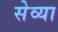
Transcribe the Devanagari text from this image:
सेव्या